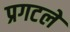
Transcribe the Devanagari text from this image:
प्रगटले